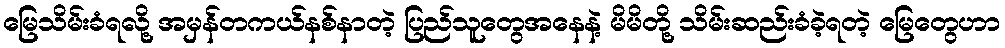
မြေသိမ်းခံရလို့ အမှန်တကယ်နစ်နာတဲ့ ပြည်သူတွေအနေနဲ့ မိမိတို့ သိမ်းဆည်းခံခဲ့ရတဲ့ မြေတွေဟာ